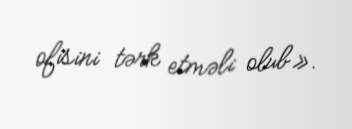
ofisini tərk etməli olub».